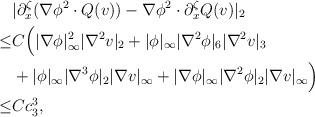
LaTeX: \begin{align*}&|\partial^\zeta_x(\nabla \phi^2 \cdot Q(v))-\nabla \phi^2 \cdot \partial^\zeta_x Q(v)|_2\\\leq &C\Big(|\nabla \phi|^2_\infty |\nabla^2 v |_2+|\phi|_\infty|\nabla^2 \phi|_6 |\nabla^2 v|_3\\&+|\phi|_\infty |\nabla^3 \phi |_2|\nabla v|_\infty+|\nabla \phi|_\infty|\nabla^2 \phi|_2 |\nabla v|_\infty\Big)\\\leq& Cc^3_3,\end{align*}